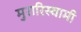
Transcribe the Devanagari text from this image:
मुरारिस्वामी